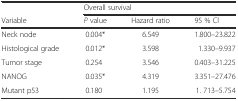
<table><thead><tr><td></td><td colspan="3"><b>Overall survival</b></td></tr><tr><td><b>Variable</b></td><td><b><i>P</i> value</b></td><td><b>Hazard ratio</b></td><td><b>95 % Cl</b></td></tr></thead><tbody><tr><td>Neck node</td><td>0.004*</td><td>6.549</td><td>1.800–23.822</td></tr><tr><td>Histological grade</td><td>0.012*</td><td>3.598</td><td>1.330–9.937</td></tr><tr><td>Tumor stage</td><td>0.254</td><td>3.546</td><td>0.403–31.225</td></tr><tr><td>NANOG</td><td>0.035*</td><td>4.319</td><td>3.351–27.476</td></tr><tr><td>Mutant p53</td><td>0.180</td><td>1.195</td><td>1. 713–5.754</td></tr></tbody></table>